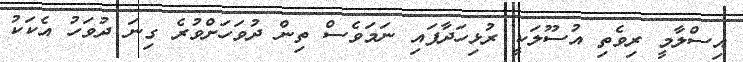
އިސްލާމީ ރިވެތި އުސޫލަކީ ރުޅިހަދާފައި ނަމަވެސް ތިން ދުވަހަށްވުރެ ގިނަ ދުވަހު އެކަކު